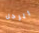
الرجل